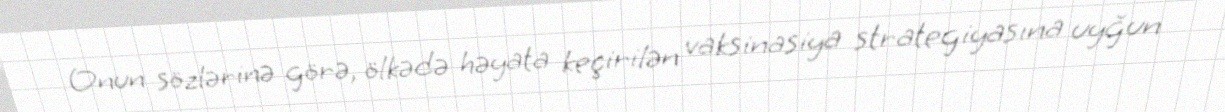
Onun sözlərinə görə, ölkədə həyata keçirilən vaksinasiya strategiyasına uyğun